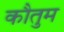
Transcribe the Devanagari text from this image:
कौतुम